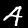
Label: 4